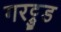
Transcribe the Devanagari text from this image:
गरट्रुड